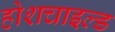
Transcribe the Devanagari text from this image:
होशचाइल्ड